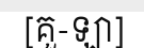
[គួ-ឡា]